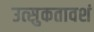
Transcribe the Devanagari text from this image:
उत्‍सुकतावशं